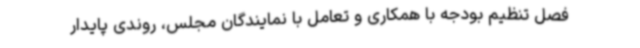
فصل تنظیم بودجه با همکاری و تعامل با نمایندگان مجلس، روندی پایدار